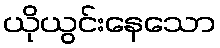
ယိုယွင်းနေသော